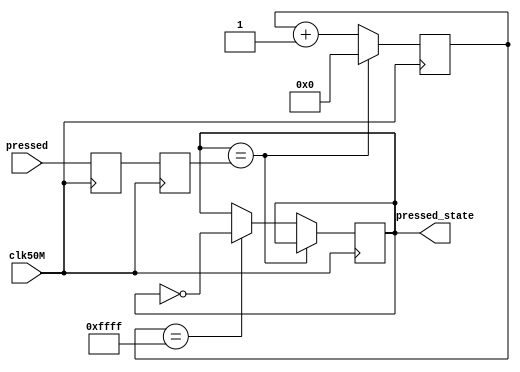
module debouncer(clk50M,pressed,pressed_state);
	input clk50M;//50 MHz clock input, from PIN_P11
	input pressed;//signal from the button
	output reg pressed_state;//output the pressed_state

	reg PB_sync_0;
	reg PB_sync_1;

	always @(posedge clk50M) PB_sync_0 <= pressed;
	always @(posedge clk50M) PB_sync_1 <= PB_sync_0;

	reg[15:0] count;//make count larger if button still bounce, also need to change line 21 to the max

	always @(posedge clk50M)
		if(pressed_state == PB_sync_1)
			count <= 0;
		else 
			begin
				count <= count + 1'b1;
				if(count == 16'hffff) pressed_state <= ~pressed_state;
			end

endmodule

//Thanks to the source https://www.eecs.umich.edu/courses/eecs270/270lab/270_docs/debounce.html